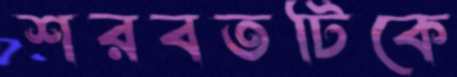
শরবতটিকে